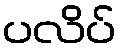
ပလိပ်